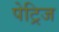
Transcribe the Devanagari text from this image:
पेट्रिज